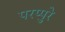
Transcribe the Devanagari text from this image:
परप्पुरे